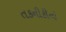
તકનીકીનો